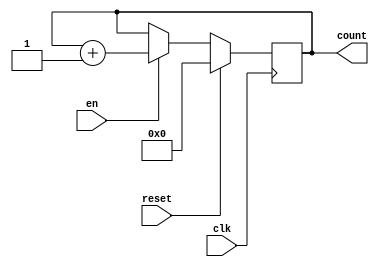
`timescale 1ns / 1ps
//////////////////////////////////////////////////////////////////////////////////
// Company: 
// Engineer: 
// 
// Design Name: 
// Module Name: counter_6b
// Project Name: 
// Target Devices: 
// Tool Versions: 
// Description: 
// 
// Dependencies: 
// 
// Revision:
// Revision 0.01 - File Created
// Additional Comments:
// 
//////////////////////////////////////////////////////////////////////////////////


module counter_6b(
    input en,
    input clk,
    input reset,
    output reg [5:0] count
    );
    always@(posedge clk)begin
        if (reset == 1)
            count <= 0;
        else if (en == 1)
            count <= count + 1;
    
    end
    
endmodule